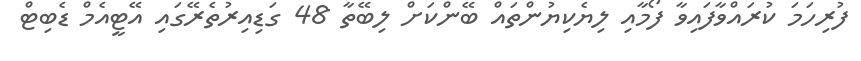
ފުރިހަމަ ކުރައްވާފައިވާ ފޯމާއި ލިޔެކިޔުންތައް ބޭންކަށް ލިބޭތާ 48 ގަޑިއިރުތެރޭގައި އޭޓީއެމް ޑެބިޓް